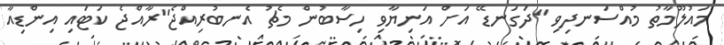
މައުލޫމާތު މުއްސަނދިވި "ދަގަނޑޭ އަށް އަނިޔާވި ހިސާބުން މެޗު އެނބުރިއްޖެ"ރާއްޖެ ކަޓައި އިންޑިއާ